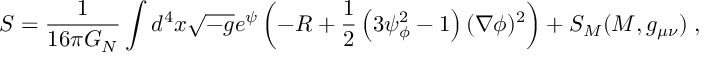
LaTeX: S = \frac { 1 } { 1 6 \pi G _ { N } } \int d ^ { 4 } x \sqrt { - g } e ^ { \psi } \left( - R + \frac { 1 } { 2 } \left( 3 \psi _ { \phi } ^ { 2 } - 1 \right) ( \nabla \phi ) ^ { 2 } \right) + S _ { M } ( { \cal M } , g _ { \mu \nu } ) \; ,